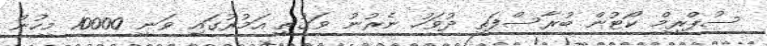
ސުޕްރީމް ކޯޓުން ބުރާސްފަތި ދުވަހު ނެރުނު ވަގުތީ އަމުރުގައި ވަނީ 10000 މީހުން